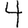
Digit: 4